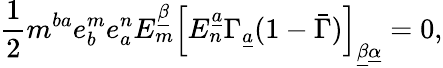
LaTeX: {\frac{1}{2}}m^{ba}e_{b}^{m}e_{a}^{n}E_{m}^{\underline{{\beta}}}\left[E_{n}^{\underline{{a}}}\Gamma_{\underline{{a}}}(1-\bar{\Gamma})\right]_{\underline{{\beta}}\underline{{\alpha}}}=0,